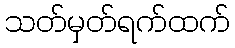
သတ်မှတ်ရက်ထက်